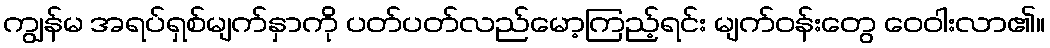
ကျွန်မ အရပ်ရှစ်မျက်နှာကို ပတ်ပတ်လည်မော့ကြည့်ရင်း မျက်ဝန်းတွေ ဝေဝါးလာ၏။